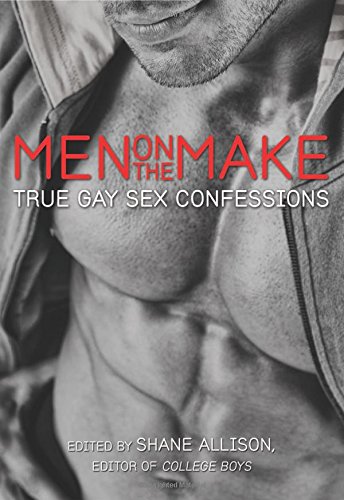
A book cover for Men on the Make: True Gay Sex Confessions; Romance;